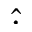
\hat { \cdot }